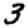
Digit: 3